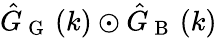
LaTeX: \hat{G}_{\mathrm{~G~}}\left(k\right)\odot\hat{G}_{\mathrm{~B~}}\left(k\right)